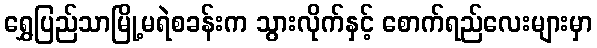
ရွှေပြည်သာမြို့မရဲစခန်းက သွားလိုက်နှင့် စောက်ရည်လေးများမှာ